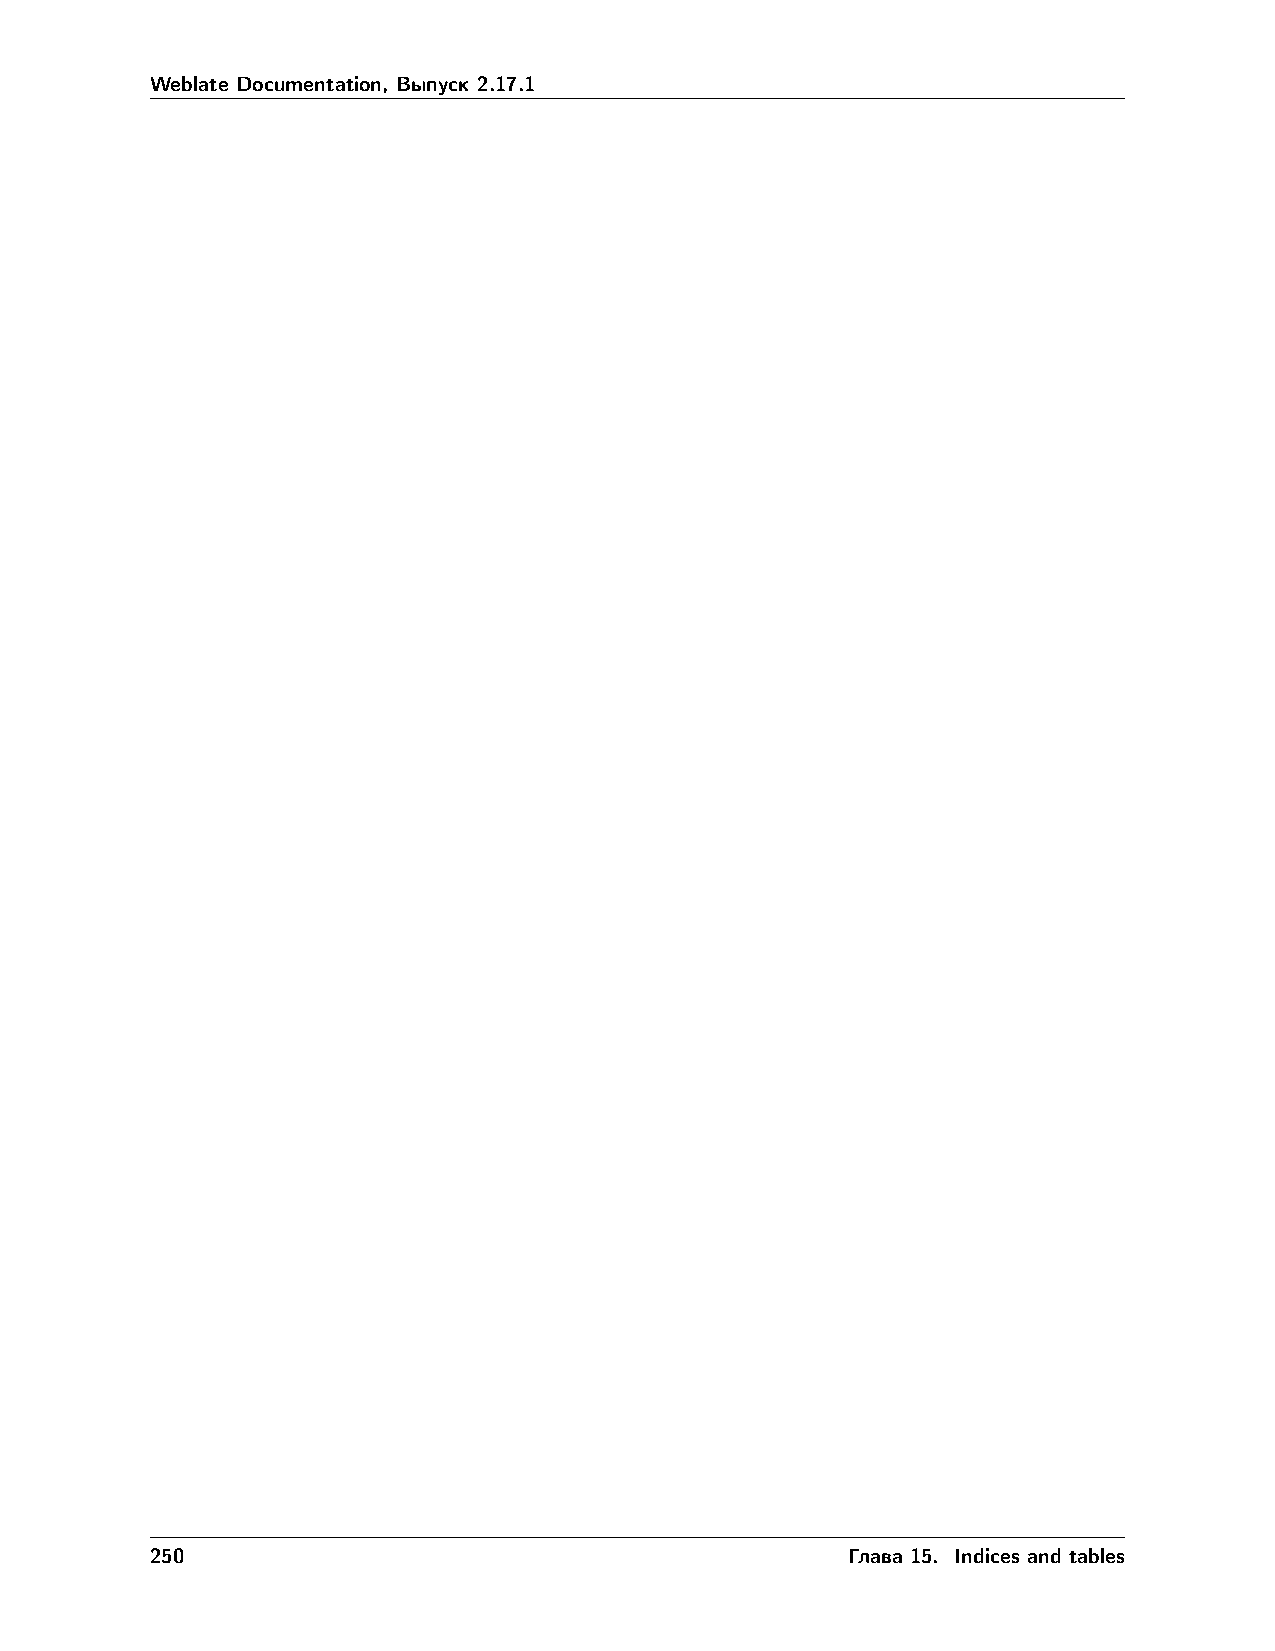
Weblate Documentation, Выпуск 2.17.1
 250                                           Глава 15. Indices and tables